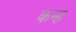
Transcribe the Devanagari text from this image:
कन्ह